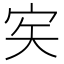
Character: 𡧦